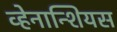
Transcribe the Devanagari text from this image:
व्हेनान्शियस